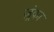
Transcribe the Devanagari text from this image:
ज़्रंका